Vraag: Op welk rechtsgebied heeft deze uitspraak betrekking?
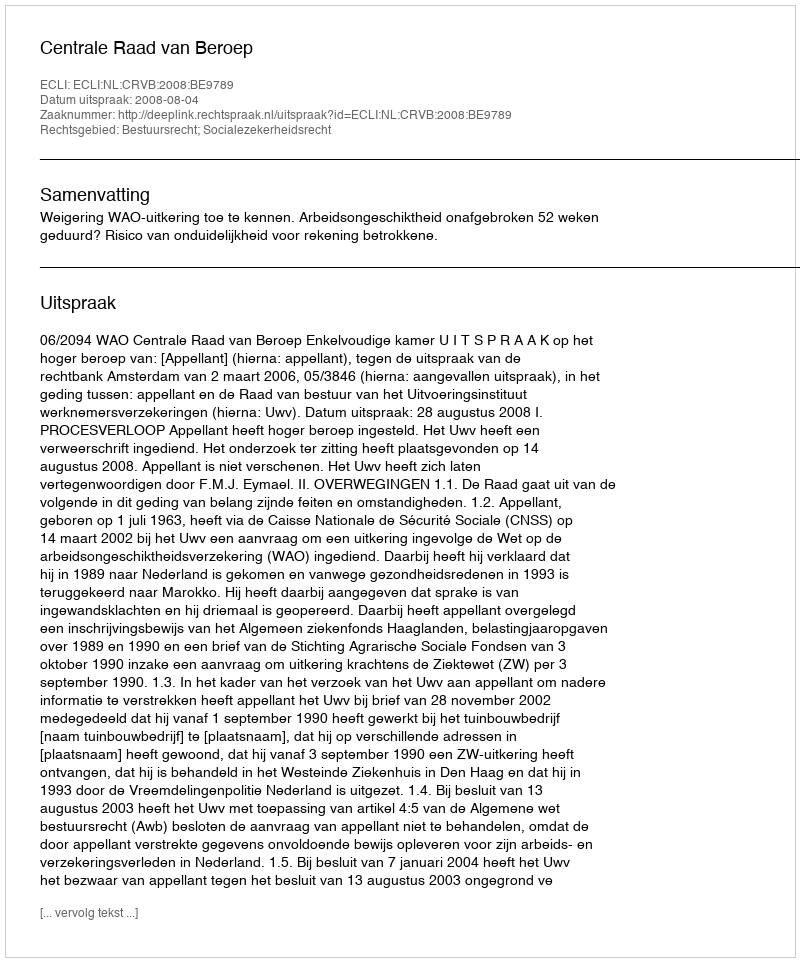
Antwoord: Bestuursrecht; Socialezekerheidsrecht